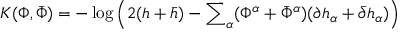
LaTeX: K ( \Phi , { \bar { \Phi } } ) = - \log \left( 2 ( h + { \bar { h } } ) - { \sum } _ { \alpha } ( { \Phi } ^ { \alpha } + { \bar { \Phi } } ^ { \alpha } ) ( { \partial h } _ { \alpha } + { \bar { \partial } } { h } _ { \alpha } ) \right)